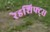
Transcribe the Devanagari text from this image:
रेडशिफ्ट्स